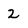
Character: 2